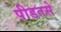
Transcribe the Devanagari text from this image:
पीडतसे